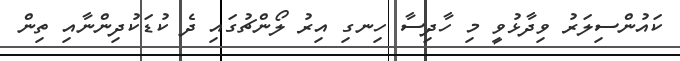
ކައުންސިލަރު ވިދާޅުވީ މި ހާދިސާ ހިނގި އިރު ލޯންޗުގައި ދެ ކުޑަކުދިންނާއި ތިން